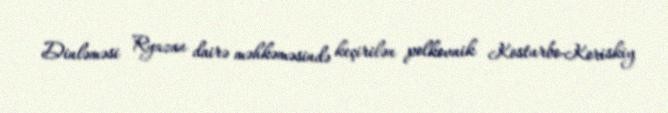
Dinləməsi Ryazan dairə məhkəməsində keçirilən polkovnik Kosturbo-Koriskiy